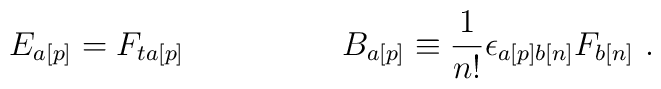
E_{a[p]} = F_{ta[p]} \hspace*{2cm} B_{a[p]} \equiv \frac{1}{n!}{\epsilon}_{a[p]b[n]}F_{b[n]} \ .